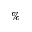
\%